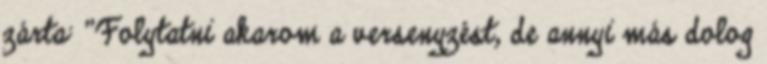
zárta: "Folytatni akarom a versenyzést, de annyi más dolog